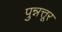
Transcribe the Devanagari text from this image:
पुन्नत्तूर